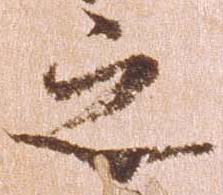
之